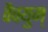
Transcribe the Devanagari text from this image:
वैक्युम्